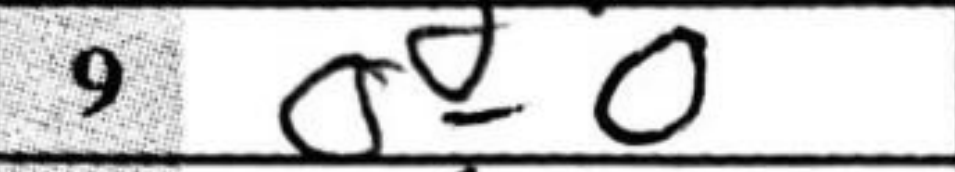
Transcription: O-O